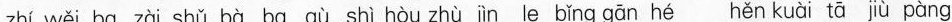
zhí wěi ba zài shǔ bà ba qù shì hòu zhù jìn le bǐng gān hé hěn kuài tā jiù pàng